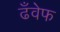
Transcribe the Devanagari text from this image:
ढँवेफ